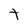
Character: t